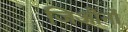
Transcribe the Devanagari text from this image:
जिऔर्नो